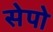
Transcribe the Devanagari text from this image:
सेपो